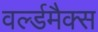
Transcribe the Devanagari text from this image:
वर्ल्डमैक्स